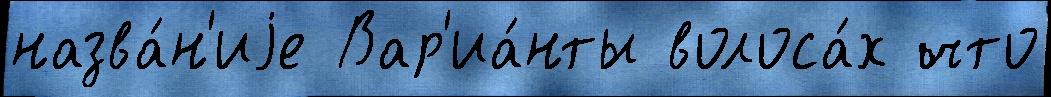
назва́н'иjе Вар'иа́нты волоса́х что